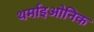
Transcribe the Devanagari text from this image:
थर्माइओनिक